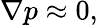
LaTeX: \nabla p\approx 0,